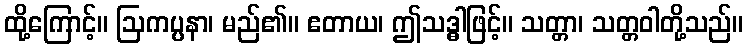
ထို့ကြောင့်။ ဩကပ္ပနာ၊ မည်၏။ ဧတာယ၊ ဤသဒ္ဓါဖြင့်။ သတ္တာ၊ သတ္တဝါတို့သည်။